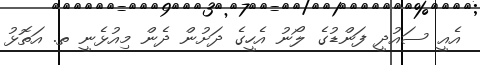
އެއީ ސައުދީ ފަންޑުގެ ލޯނު އެހީގެ ދަށުން ދެން މިއުޅެނީ ތ. އަތޮޅު